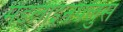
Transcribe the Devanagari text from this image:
मेडलाइनपलुस